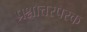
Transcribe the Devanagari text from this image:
प्रश्नोत्तरपरक